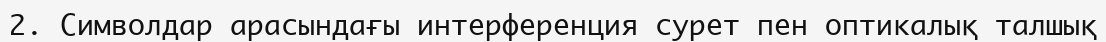
2. Символдар арасындағы интерференция сурет пен оптикалық талшық